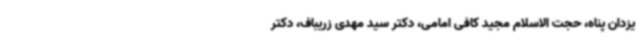
یزدان پناه، حجت الاسلام مجید کافی امامی، دکتر سید مهدی زریباف، دکتر